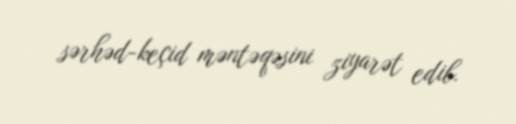
sərhəd-keçid məntəqəsini ziyarət edib.